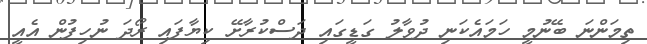
ތިމަންނަ ބޭނުމީ ހަމައެކަނި ދުވާލު ގަޑީގައި ދަސްކުރާށޭ ކިޔާފައި ރޯދަ ނުހިފުން އެއީ